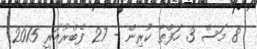
8 މަސް 3 ހަފްތާ ކުރިން - 27 ފެބްރުއަރީ 2015